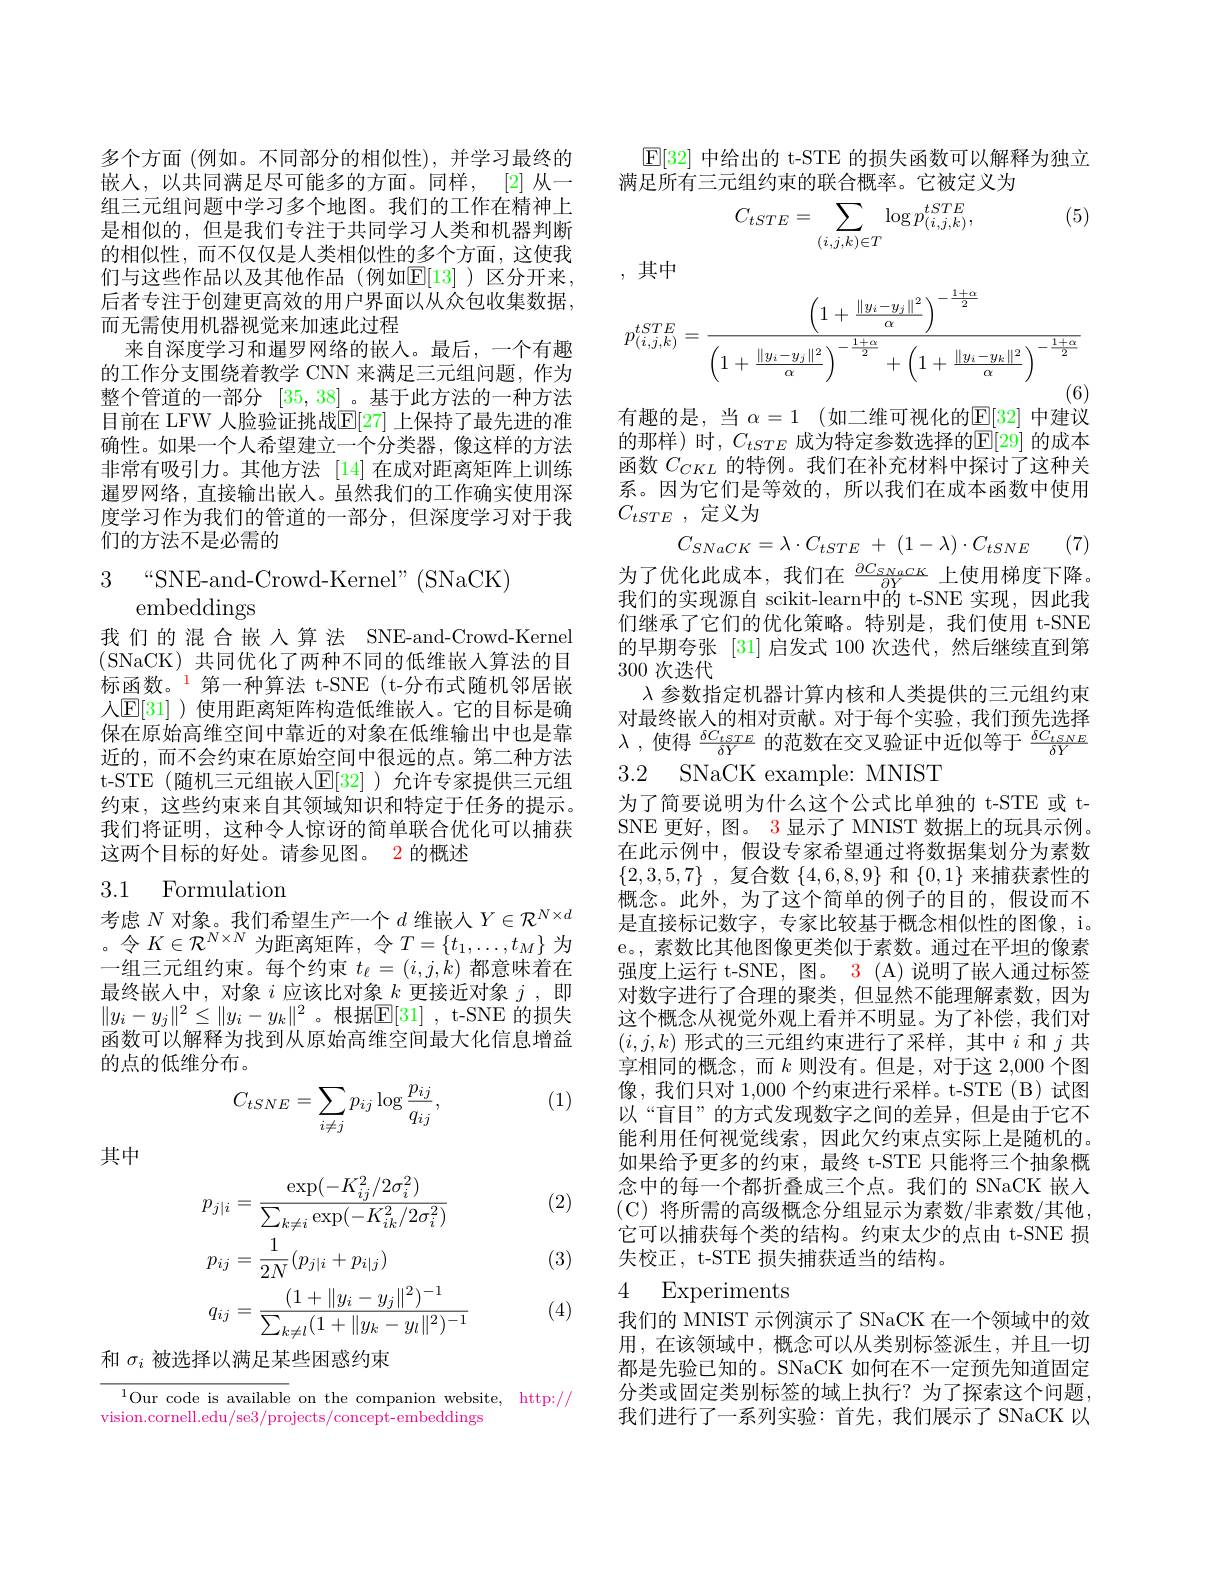
多个方面 (例如。不同部分的相似性),并学习最终的嵌入，以共同满足尽可能多的方面。同样，$[ 2] 从 一$ 组三元组问题中学习多个地图。我们的工作在精神上是相似的，但是我们专注于共同学习人类和机器判断的相似性，而不仅仅是人类相似性的多个方面，这使我后者专注于创建更高效的用户界面以从众包收集数据， 而无需使用机器视觉来加速此过程
来自深度学习和暹罗网络的嵌入。最后，一个有趣的工作分支围绕着教学 CNN 来满足三元组问题，作为整个管道的一部分[35,38] 。基于此方法的一种方法目前在 LFW 人脸验证挑战$\mathbb{E}[27]$ 上保持了最先进的准确性。如果一个人希望建立一个分类器，像这样的方法非常有吸引力。其他方法 [14]在成对距离矩阵上训练暹罗网络，直接输出嵌人。虽然我们的工作确实使用深度学习作为我们的管道的一部分，但深度学习对于我们的方法不是必需的

3 $“$SNE-and-Crowd-Kernel”(SNaCK)
embeddings

我们的混合嵌入算法 SNE-and-Crowd-Kernel (SNaCK) 共同优化了两种不同的低维嵌入算法的目标函数。$^{1}$第一种算法 t-SNE (t-分布式随机邻居嵌入E[ 31] )使用距离矩阵构造低维嵌人。它的目标是确保在原始高维空间中靠近的对象在低维输出中也是靠近的，而不会约束在原始空间中很远的点。第二种方法t-STE(随机三元组嵌人$\mathbb{E}[32]$ )允许专家提供三元组约束，这些约束来自其领域知识和特定于任务的提示。我们将证明，这种令人惊讶的简单联合优化可以捕获这两个目标的好处。请参见图。2 的概述

# 3.1 Formulation

考虑$N$对象。我们希望生产一个$d$维嵌人$Y\in\mathcal{R}^N\times d$ 。令$K\in\mathcal{R}^N\times N$为距离矩阵，令$T=\{t_1,\ldots,t_M\}$为一组三元组约束。每个约束$t_\ell=(i,j,k)$都意味着在最终嵌人中，对象$i$应该比对象$k$更接近对象$j$,即$\|y_i-y_j\|^2\leq\|y_i-y_k\|^2$。根据$\mathsf E[31]$ ,t-SNE 的损失函数可以解释为找到从原始高维空间最大化信息增益的点的低维分布。

(1)
$$C_{tSNE}=\sum_{i\neq j}p_{ij}\log\frac{p_{ij}}{q_{ij}},$$
其中

(2)
$$p_{j|i}=\frac{\exp(-K_{ij}^{2}/2\sigma_{i}^{2})}{\sum_{k\neq i}\exp(-K_{ik}^{2}/2\sigma_{i}^{2})}\\p_{ij}=\frac{1}{2N}(p_{j|i}+p_{i|j})\\q_{ij}=\frac{(1+\|y_{i}-y_{j}\|^{2})^{-1}}{\sum_{k\neq l}(1+\|y_{k}-y_{l}\|^{2})^{-1}}$$
(3)

(4)

和$\sigma_i$被选择以满足某些困惑约束

${^{1}\text{Our code is available}}$ on the companion website, http://
vision.cornell.edu/se3/projects/concept-embeddings

$\mathbb{E}[32]$中给出的 t-STE 的损失函数可以解释为独立
满足所有三元组约束的联合概率。它被定义为

 , (5)
$$C_{tSTE}=\sum_{(i,j,k)\in T}\log p_{(i,j,k)}^{tSTE},$$
们与这些作品以及其他作品(例如$\overline{\mathrm{F}}[13]$)区分开来。,其中
$$p_{(i,j,k)}^{tSTE}=\frac{\left(1+\frac{\|y_i-y_j\|^2}{\alpha}\right)^{-\frac{1+\alpha}{2}}}{\left(1+\frac{\|y_i-y_j\|^2}{\alpha}\right)^{-\frac{1+\alpha}{2}}+\left(1+\frac{\|y_i-y_k\|^2}{\alpha}\right)^{-\frac{1+\alpha}{2}}}$$
有趣的是，当 $\alpha = 1$ (如二维可视化的E[32] 中建议的那样)时，$C_tSTE$ 成为特定参数选择的$\mathbb{E}[$29]的成本函数$C_{CKL}$的特例。我们在补充材料中探讨了这种关系。因为它们是等效的，所以我们在成本函数中使用$C_{tSTE}$ ,定义为
$$C_{SNaCK}=\lambda\cdot C_{tSTE}\:+\:(1-\lambda)\cdot C_{tSNE}$$
为了优化此成本，我们在$\frac{\partial C_{SNaCK}}{\partial Y}$上使用梯度下降。

(7)

我们的实现源自 scikit-learn中的 t-SNE 实现，因此我们继承了它们的优化策略。特别是，我们使用 t-SNE 的早期夸张 [31] 启发式 100 次迭代，然后继续直到第300次迭代
$\lambda$参数指定机器计算内核和人类提供的三元组约束对最终嵌入的相对贡献。对于每个实验，我们预先选择$\lambda$ , 使 得 $\frac {\delta C_{tSTE}}{\delta Y}$ 的范数在交叉验证中近似等于 $\frac\delta C_{tSNE}{\delta Y}$

3.2 SNaCK example: MNIST

为了简要说明为什么这个公式比单独的 t-STE 或 tSNE 更好，图。3 显示了 MNIST 数据上的玩具示例。在此示例中，假设专家希望通过将数据集划分为素数$\{ 2, 3, 5, 7\}$ ,复合数$\{4,6,8,9\}$和$\{0,1\}$来捕获素性的概念。此外，为了这个简单的例子的目的，假设而不是直接标记数字，专家比较基于概念相似性的图像，i。e。, 素数比其他图像更类似于素数。通过在平坦的像素强度上运行 t-SNE, 图。3 (A) 说明了嵌入通过标签对数字进行了合理的聚类，但显然不能理解素数，因为这个概念从视觉外观上看并不明显。为了补偿，我们对$(i,j,k)$形式的三元组约束进行了采样，其中$i$和$j$共享相同的概念，而$k$则没有。但是，对于这 2,000 个图像，我们只对 1,000 个约束进行采样。t-STE (B) 试图以“盲目”的方式发现数字之间的差异，但是由于它不能利用任何视觉线索，因此欠约束点实际上是随机的。如果给予更多的约束，最终 t-STE 只能将三个抽象概念中的每一个都折叠成三个点。我们的 SNaCK 嵌入(C)将所需的高级概念分组显示为素数/非素数/其他， 它可以捕获每个类的结构。约束太少的点由 t-SNE 损失校正，t-STE 损失捕获适当的结构。

## 4 Experiments

我们的 MNIST 示例演示了 SNaCK 在一个领域中的效用，在该领域中，概念可以从类别标签派生，并且一切都是先验已知的。SNaCK 如何在不一定预先知道固定分类或固定类别标签的域上执行？为了探索这个问题， 我们进行了一系列实验：首先，我们展示了SNaCK以